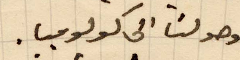
لوصولنا الى كلومبا.